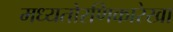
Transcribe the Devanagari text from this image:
मध्यतोरणिकारेखा